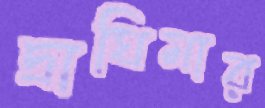
দ্রাঘিমার